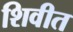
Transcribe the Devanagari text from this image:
शिवीत